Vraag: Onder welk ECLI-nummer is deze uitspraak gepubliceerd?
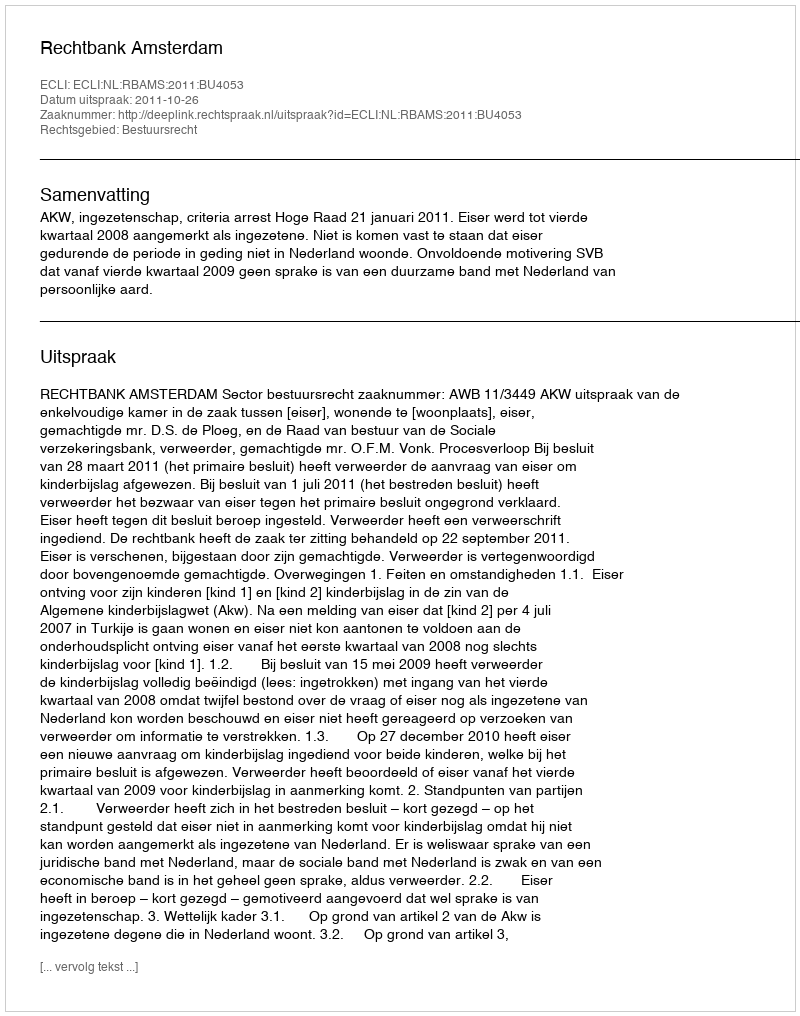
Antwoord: ECLI:NL:RBAMS:2011:BU4053